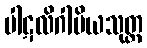
ပါဋလိဂါမိယသုတ္တ